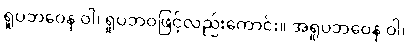
ရူပဘဝေန ဝါ၊ ရူပဘဝဖြင့်လည်းကောင်း။ အရူပဘဝေန ဝါ၊